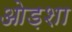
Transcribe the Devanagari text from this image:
ओड़शा